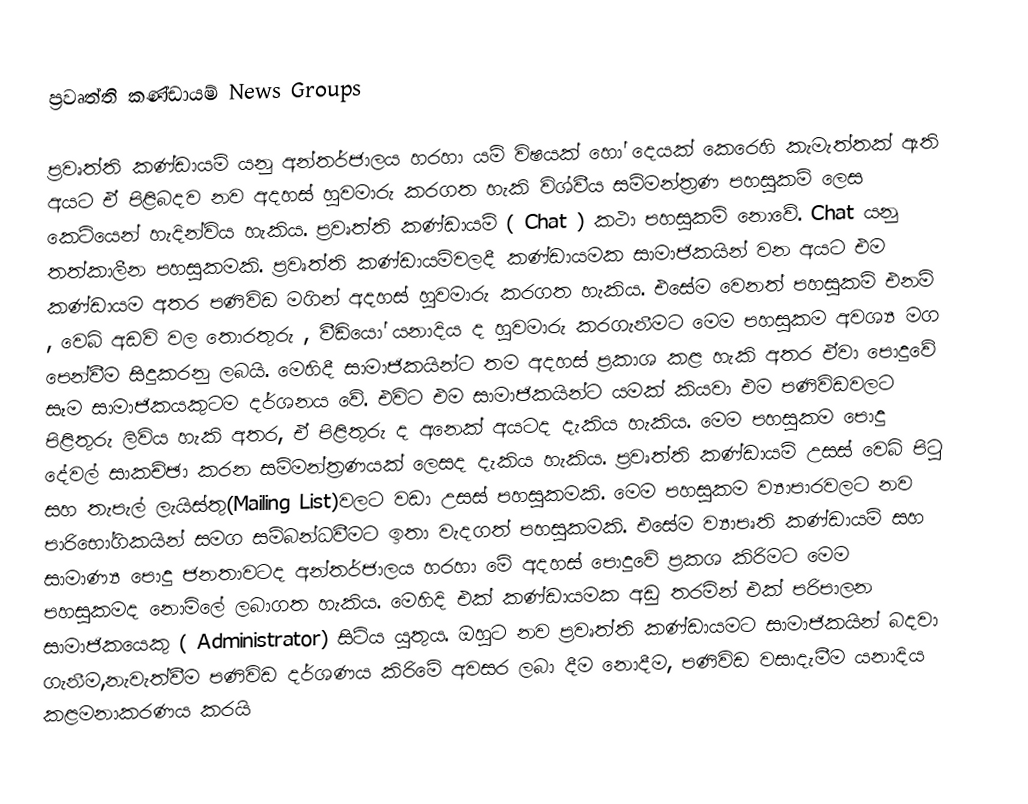
ප්‍රවෘත්ති කණ්ඩායම් News Groups

ප්‍රවෘත්ති කණ්ඩායම් යනු අන්තර්ජාලය හරහා යම් විෂයක් හෝ දෙයක් කෙරෙහි කැමැත්තක් ඇති අයට ඒ පිළිබදව නව අදහස් හුවමාරු කරගත හැකි විශ්වීය සම්මන්ත්‍රණ පහසුකම් ලෙස කෙටියෙන් හැදින්විය හැකිය. ප්‍රවෘත්ති කණ්ඩායම් ( Chat ) කථා පහසුකම් නොවේ. Chat යනු තත්කාලීන පහසුකමකි. ප්‍රවෘත්ති කණ්ඩායම්වලදී කණ්ඩායමක සාමාජිකයින් වන අයට එම කණ්ඩායම අතර පණිවිඩ මගින් අදහස් හුවමාරු කරගත හැකිය. එසේම වෙනත් පහසුකම් එනම් , වෙබ් අඩවි වල තොරතුරු , වීඩියෝ යනාදිය ද හුවමාරු කරගැනීමට මෙම පහසුකම අවශ්‍ය මග පෙන්වීම සිදුකරනු ලබයි. මෙහිදී සාමාජිකයින්ට තම අදහස් ප්‍රකාශ කළ හැකි අතර ඒවා පොදුවේ සෑම සාමාජිකයකුටම දර්ශනය වේ. එවිට එම සාමාජිකයින්ට යමක් කියවා එම පණිවිඩවලට පිළිතුරු ලිවිය හැකි අතර, ඒ පිළිතුරු ද අනෙක් අයටද දැකිය හැකිය. මෙම පහසුකම පොදු දේවල් සාකච්ඡා කරන සම්මන්ත්‍රණයක් ලෙසද දැකිය හැකිය. ප්‍රවෘත්ති කණ්ඩායම් උසස් වෙබ් පිටු සහ තැපැල් ලැයිස්තු(Mailing List)වලට වඩා උසස් පහසුකමකි. මෙම පහසුකම ව්‍යාපාරවලට නව පාරිභෝගිකයින් සමග සම්බන්ධවීමට ඉතා වැදගත් පහසුකමකි. එසේම ව්‍යාපෘති කණ්ඩායම් සහ සාමාණ්‍ය පොදු ජනතාවටද අන්තර්ජාලය හරහා මේ අදහස් පොදුවේ ප්‍රකශ කිරිමට මෙම පහසුකමද නොමිලේ ලබාගත හැකිය. මෙහිදි එක් කණ්ඩායමක අඩු තරමින් එක් පරිපාලන සාමාජිකයෙකු ( Administrator) සිටිය යුතුය. ඔහුට නව ප්‍රවෘත්ති කණ්ඩායමට සාමාජිකයින් බදවා ගැනීම,නැවැත්වීම පණිවිඩ දර්ශණය කිරිමේ අවසර ලබා දීම නොදීම, පණිවිඩ වසාදැමීම යනාදිය කළමනාකරණය කරයි